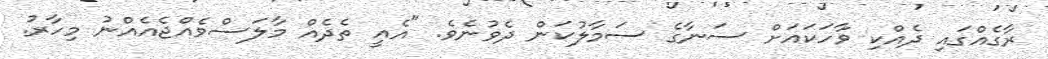
ރާގެއްގައި ދެއްކި ވާހަކައަށް ސަނާގެ ސަމާލުކަން ދެވުނެވެ. "އެއީ ތެދެއް މާލަސްވެއްޖެއެއްނު މިހާރު.